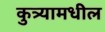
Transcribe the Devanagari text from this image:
कुत्र्यामधील